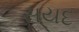
સયદ